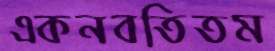
একনবতিতম